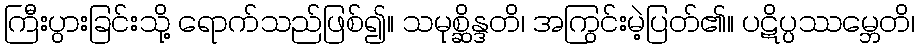
ကြီးပွားခြင်းသို့ ရောက်သည်ဖြစ်၍။ သမုစ္ဆိန္ဒတိ၊ အကြွင်းမဲ့ပြတ်၏။ ပဋိပ္ပဿမ္ဘေတိ၊